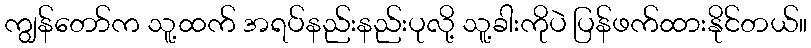
ကျွန်တော်က သူ့ထက် အရပ်နည်းနည်းပုလို့ သူ့ခါးကိုပဲ ပြန်ဖက်ထားနိုင်တယ်။